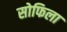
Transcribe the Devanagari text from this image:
सोफिला